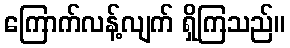
ကြောက်လန့်လျက် ရှိကြသည်။